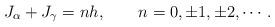
LaTeX: \begin{align*}J_\alpha+ J_\gamma = n h, \qquad n= 0,\pm 1,\pm 2,\cdots. \end{align*}